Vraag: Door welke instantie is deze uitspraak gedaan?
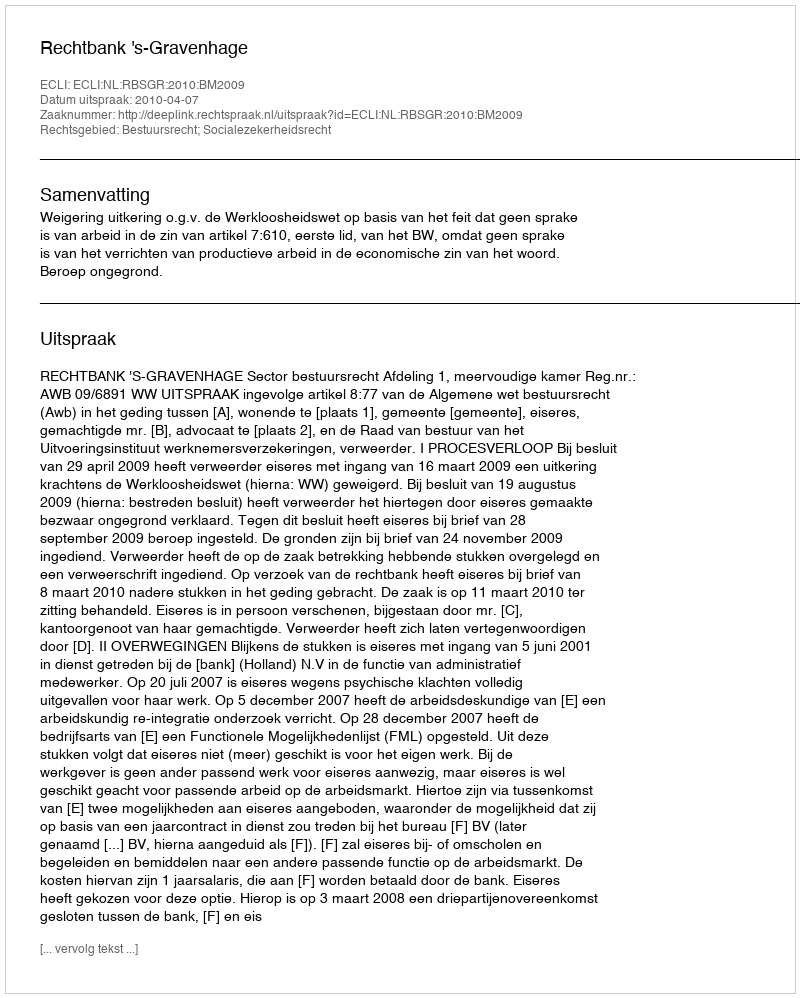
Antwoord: Rechtbank 's-Gravenhage